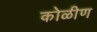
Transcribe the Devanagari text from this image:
कोळीण